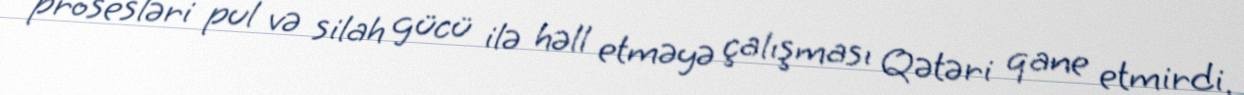
prosesləri pul və silah gücü ilə həll etməyə çalışması Qətəri qane etmirdi.